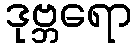
ဒုဗ္ဘရော